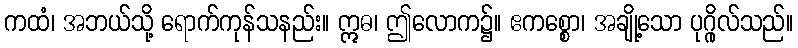
ကထံ၊ အဘယ်သို့ ရောက်ကုန်သနည်း။ ဣဓ၊ ဤလောက၌။ ဧကစ္စော၊ အချို့သော ပုဂ္ဂိုလ်သည်။